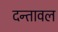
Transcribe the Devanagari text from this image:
दन्तावल